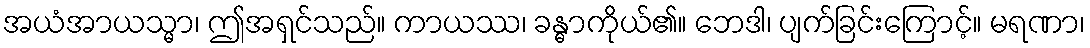
အယံအာယသ္မာ၊ ဤအရှင်သည်။ ကာယဿ၊ ခန္ဓာကိုယ်၏။ ဘေဒါ၊ ပျက်ခြင်းကြောင့်။ မရဏာ၊